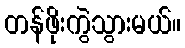
တန်ဖိုးကွဲသွားမယ်။